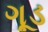
ગૂડ